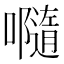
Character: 𡃴